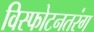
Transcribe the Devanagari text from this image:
विस्फोटनतरंग